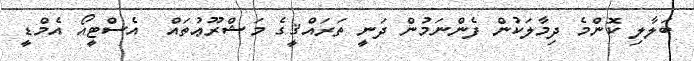
ބަލާލި ކޮންމެ ދިމާލަކުން ފެންނަމުން ދަނީ ތަރައްޤީގެ މަޝްރޫޢުތައް  އެސްޓީއޯ އެމްޑީ